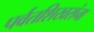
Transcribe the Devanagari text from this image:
पर्वतशिखरांना